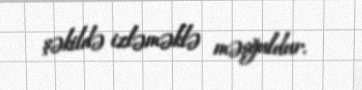
şəkildə izləməklə məşğuldur.